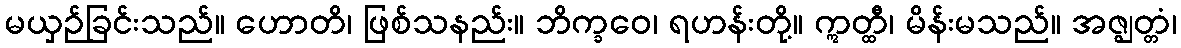
မယှဉ်ခြင်းသည်။ ဟောတိ၊ ဖြစ်သနည်း။ ဘိက္ခဝေ၊ ရဟန်းတို့။ ဣတ္ထီ၊ မိန်းမသည်။ အဇ္ဈတ္တံ၊